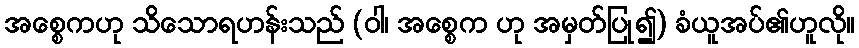
အစ္စေကဟု သိသောရဟန်းသည် (ဝါ၊ အစ္စေက ဟု အမှတ်ပြု၍) ခံယူအပ်၏ဟူလို။